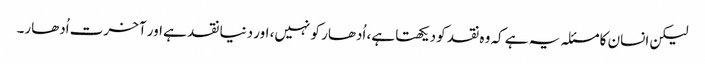
لیکن انسان کا مسئلہ یہ ہے کہ وہ نقد کو دیکھتا ہے، اُدھار کو نہیں، اور دنیا نقد ہے اور آخرت اُدھار۔